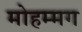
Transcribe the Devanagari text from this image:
मोहम्मग